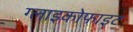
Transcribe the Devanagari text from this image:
ग्लाइकोफाइट